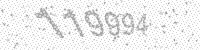
Solution: 119994